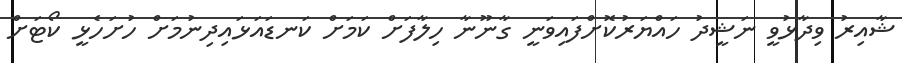
ޝާއިރު ވިދާޅުވީ ނަޝީދު ހައްޔަރުކޮށްފައިވަނީ ގާނޫނާ ހިލާފަށް ކަމަށް ކަނޑައަޅައިދިނުމަށް ހުށަހެޅީ ކޯޓަށް